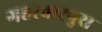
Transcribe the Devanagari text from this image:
गहरवारपुरा